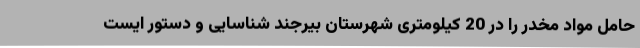
حامل مواد مخدر را در 20 کیلومتری شهرستان بیرجند شناسایی و دستور ایست